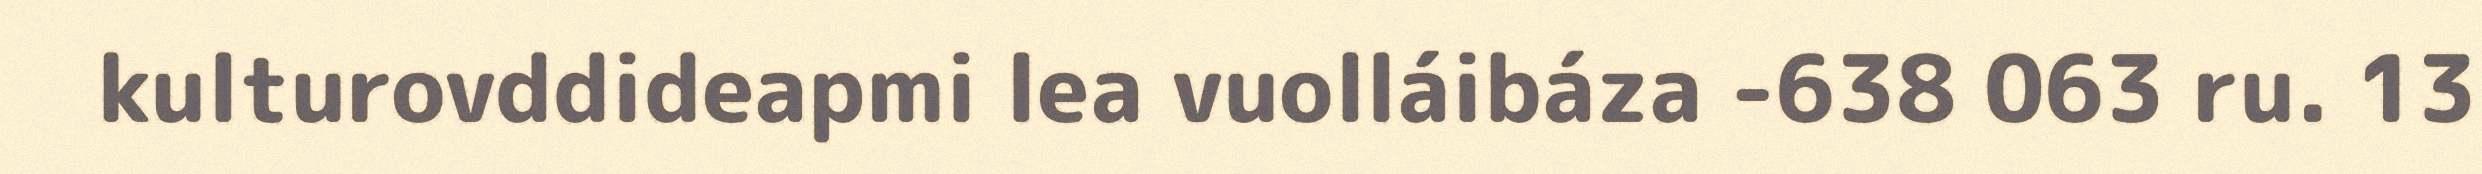
kulturovddideapmi lea vuolláibáza -638 063 ru. 13